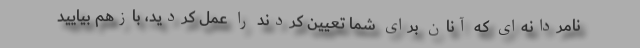
نامردانه‌ای که آنان برای شما تعیین کردند را عمل کردید، بازهم بیایید